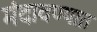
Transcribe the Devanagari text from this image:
मंदावण्यात